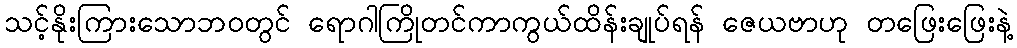
သင့်နိုးကြားသောဘဝတွင် ရောဂါကြိုတင်ကာကွယ်ထိန်းချုပ်ရန် ဇေယဗာဟု တဖြေးဖြေးနဲ့